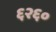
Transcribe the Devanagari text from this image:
६२६०